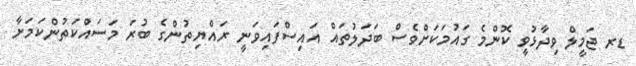
ޑރ ޖަމީލް ވިދާޅުވީ ކޮންމެ ގައުމަކަށްވެސް ބަދަލުތައް އައިސްފައިވަނީ ރައްޔިތުންގެ ބުރަ މަސައްކަތުންކަމަށާ